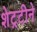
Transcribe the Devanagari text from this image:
शेट्रटीने